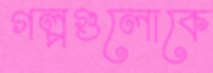
গল্পগুলোকে